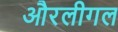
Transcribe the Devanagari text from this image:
औरलीगल